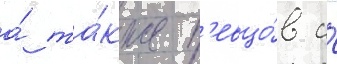
а́ та́кже п'евцо́в и́